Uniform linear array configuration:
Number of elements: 64
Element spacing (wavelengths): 1
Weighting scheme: cosine
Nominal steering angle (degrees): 0
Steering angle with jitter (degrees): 1.536
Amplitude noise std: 0.05
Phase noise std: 0.05

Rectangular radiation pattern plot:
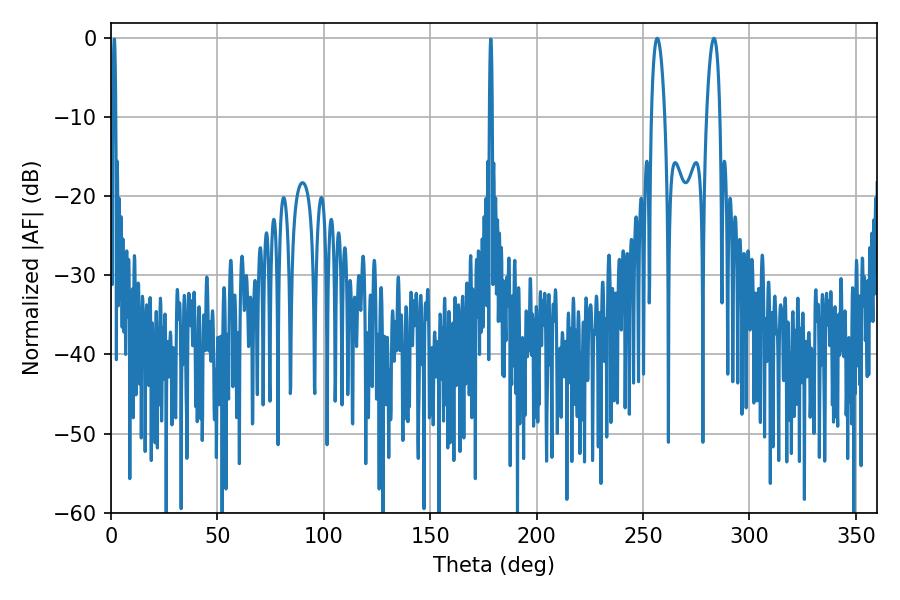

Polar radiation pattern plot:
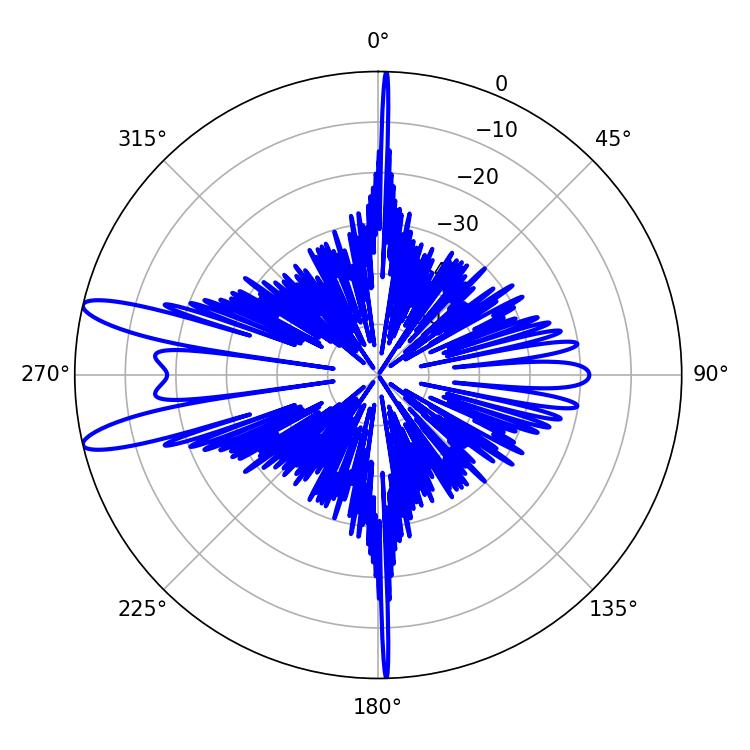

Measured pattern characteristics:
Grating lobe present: TRUE
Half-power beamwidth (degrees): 3.42
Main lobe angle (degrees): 256.68